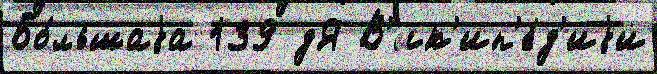
Бо́льшаjа 139 дЯ В'ик'ип'е́д'иjи